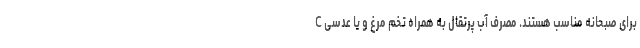
C برای صبحانه مناسب هستند. مصرف آب پرتقال به همراه تخم مرغ و یا عدسی